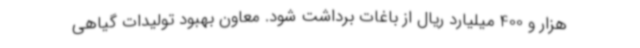
هزار و 400 میلیارد ریال از باغات برداشت شود. معاون بهبود تولیدات گیاهی